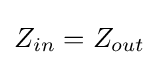
Z_{in}=Z_{out}